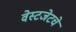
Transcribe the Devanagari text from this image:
वेस्टजेटचे